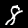
Digit: 8